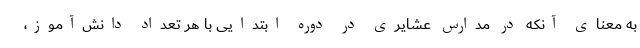
به معنای آنکه در مدارس عشایری در دوره ابتدایی با هر تعداد دانش‌آموز،